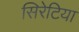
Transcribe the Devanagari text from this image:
सिरेटिया